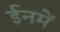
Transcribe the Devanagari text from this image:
ईनमें